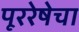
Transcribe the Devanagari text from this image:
पूररेषेचा